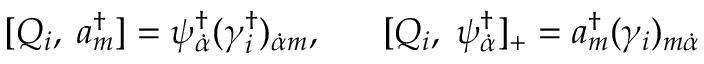
[ Q _ { i } , \; a _ { m } ^ { \dagger } ] = \psi _ { \dot { \alpha } } ^ { \dagger } ( \gamma _ { i } ^ { \dagger } ) _ { \dot { \alpha } m } , \; \; \; \; \; \; [ Q _ { i } , \; \psi _ { \dot { \alpha } } ^ { \dagger } ] _ { + } = a _ { m } ^ { \dagger } ( \gamma _ { i } ) _ { m \dot { \alpha } }